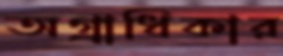
অগ্রাধিকার